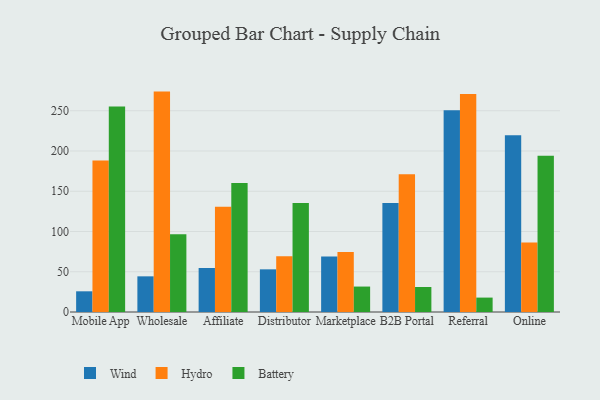
{"axis": {"x": "Channel", "y": "Population (Million)"}, "legend": ["Battery", "Hydro", "Wind"], "data": [{"x": "Mobile App", "y": 25.7, "type": "Wind"}, {"x": "Mobile App", "y": 188.3, "type": "Hydro"}, {"x": "Mobile App", "y": 255.3, "type": "Battery"}, {"x": "Wholesale", "y": 44.3, "type": "Wind"}, {"x": "Wholesale", "y": 273.8, "type": "Hydro"}, {"x": "Wholesale", "y": 96.7, "type": "Battery"}, {"x": "Affiliate", "y": 54.7, "type": "Wind"}, {"x": "Affiliate", "y": 130.9, "type": "Hydro"}, {"x": "Affiliate", "y": 160.3, "type": "Battery"}, {"x": "Distributor", "y": 53.0, "type": "Wind"}, {"x": "Distributor", "y": 69.2, "type": "Hydro"}, {"x": "Distributor", "y": 135.5, "type": "Battery"}, {"x": "Marketplace", "y": 69.0, "type": "Wind"}, {"x": "Marketplace", "y": 74.5, "type": "Hydro"}, {"x": "Marketplace", "y": 31.6, "type": "Battery"}, {"x": "B2B Portal", "y": 135.4, "type": "Wind"}, {"x": "B2B Portal", "y": 171.1, "type": "Hydro"}, {"x": "B2B Portal", "y": 31.1, "type": "Battery"}, {"x": "Referral", "y": 250.7, "type": "Wind"}, {"x": "Referral", "y": 270.9, "type": "Hydro"}, {"x": "Referral", "y": 17.9, "type": "Battery"}, {"x": "Online", "y": 219.5, "type": "Wind"}, {"x": "Online", "y": 86.2, "type": "Hydro"}, {"x": "Online", "y": 194.0, "type": "Battery"}]}